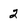
Character: 2